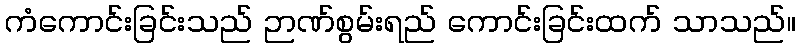
ကံကောင်းခြင်းသည် ဉာဏ်စွမ်းရည် ကောင်းခြင်းထက် သာသည်။